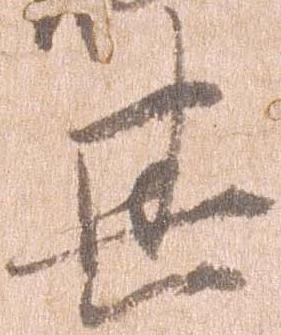
其